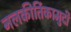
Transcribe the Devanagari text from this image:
नलकीर्तिकामुदी